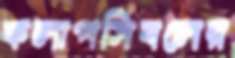
কলাপসিবলের